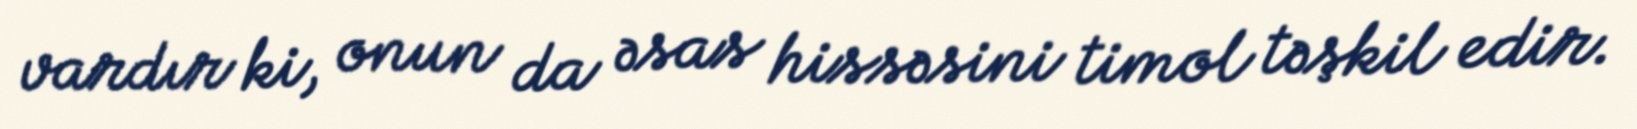
vardır ki, onun da əsas hissəsini timol təşkil edir.